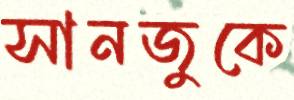
সানজুকে